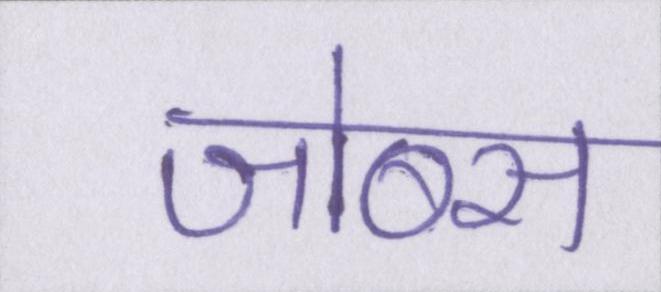
जोब्स